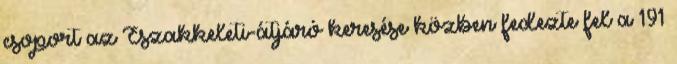
csoport az Északkeleti-átjáró keresése közben fedezte fel a 191